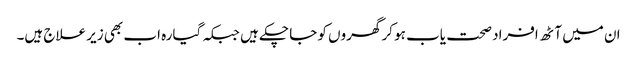
ان میں آٹھ افراد صحت یاب ہو کر گھروں کو جا چکے ہیں جبکہ گیارہ اب بھی زیر علاج ہیں۔